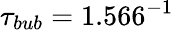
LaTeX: \tau_{bub}=1.566^{-1}